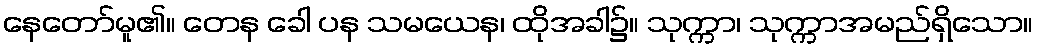
နေတော်မူ၏။ တေန ခေါ ပန သမယေန၊ ထိုအခါ၌။ သုက္ကာ၊ သုက္ကာအမည်ရှိသော။